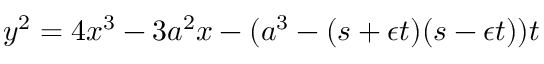
y ^ { 2 } = 4 x ^ { 3 } - 3 a ^ { 2 } x - ( a ^ { 3 } - ( s + \epsilon t ) ( s - \epsilon t ) ) t